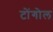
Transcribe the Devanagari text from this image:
टोंगोल